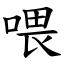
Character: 喂